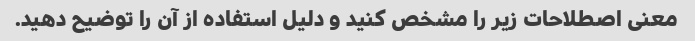
معنی اصطلاحات زیر را مشخص کنید و دلیل استفاده از آن را توضیح دهید.